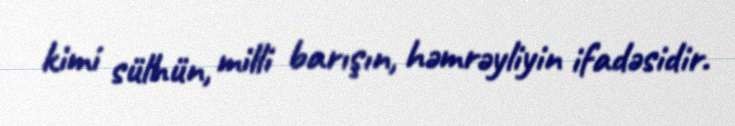
kimi sülhün, milli barışın, həmrəyliyin ifadəsidir.